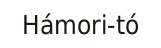
Hámori-tó